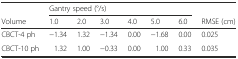
<table><thead><tr><td></td><td colspan="6"><b>Gantry speed (°/s)</b></td><td></td></tr><tr><td><b>Volume</b></td><td><b>1.0</b></td><td><b>2.0</b></td><td><b>3.0</b></td><td><b>4.0</b></td><td><b>5.0</b></td><td><b>6.0</b></td><td><b>RMSE (cm)</b></td></tr></thead><tbody><tr><td>CBCT-4 ph</td><td>−1.34</td><td>1.32</td><td>−1.34</td><td>0.00</td><td>−1.68</td><td>0.00</td><td>0.025</td></tr><tr><td>CBCT-10 ph</td><td>1.32</td><td>1.00</td><td>−0.33</td><td>0.00</td><td>1.00</td><td>0.33</td><td>0.035</td></tr></tbody></table>